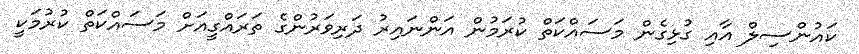
ކައުންސިލް އާއި ގުޅިގެން މަސައްކަތް ކުރަމުން އަންނައިރު ދަރިވަރުންގެ ތަރައްގީއަށް މަސައްކަތް ކުރުމަކީ